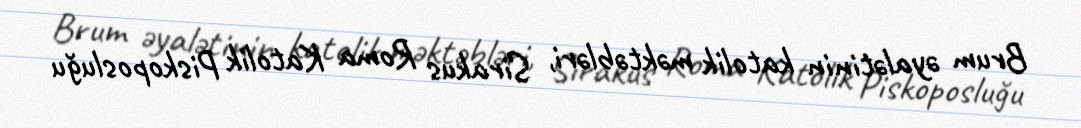
Brum əyalətinin katolik məktəbləri, Sirakus Roma Katolik Piskoposluğu